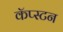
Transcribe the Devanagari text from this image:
कॅप्स्टन